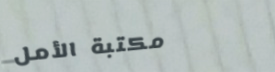
مكتبة الأمل